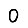
Digit: 0